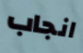
انجاب